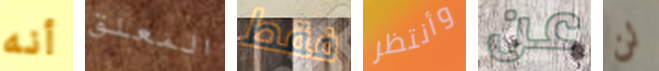
أنه المعلق فقط وأنتظر عن لن